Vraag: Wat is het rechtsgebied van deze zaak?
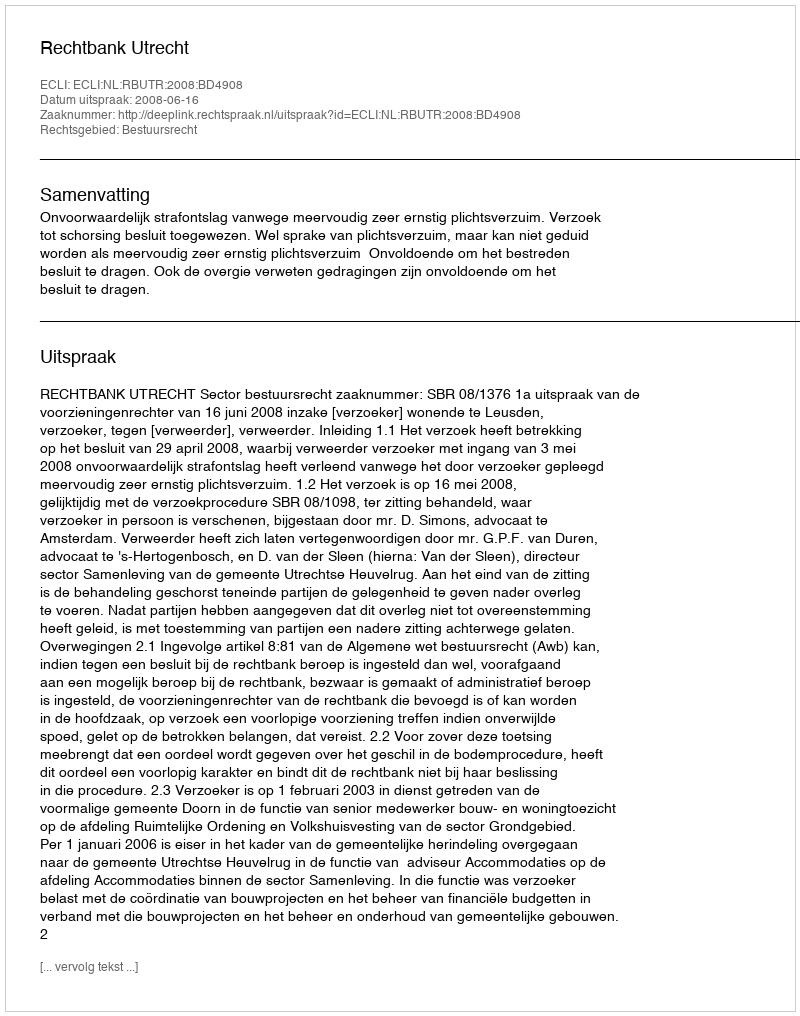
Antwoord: Bestuursrecht